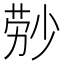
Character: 𬝃